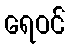
ရေဝင်